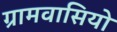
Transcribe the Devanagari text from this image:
ग्रामवासियो